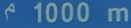
1000 m